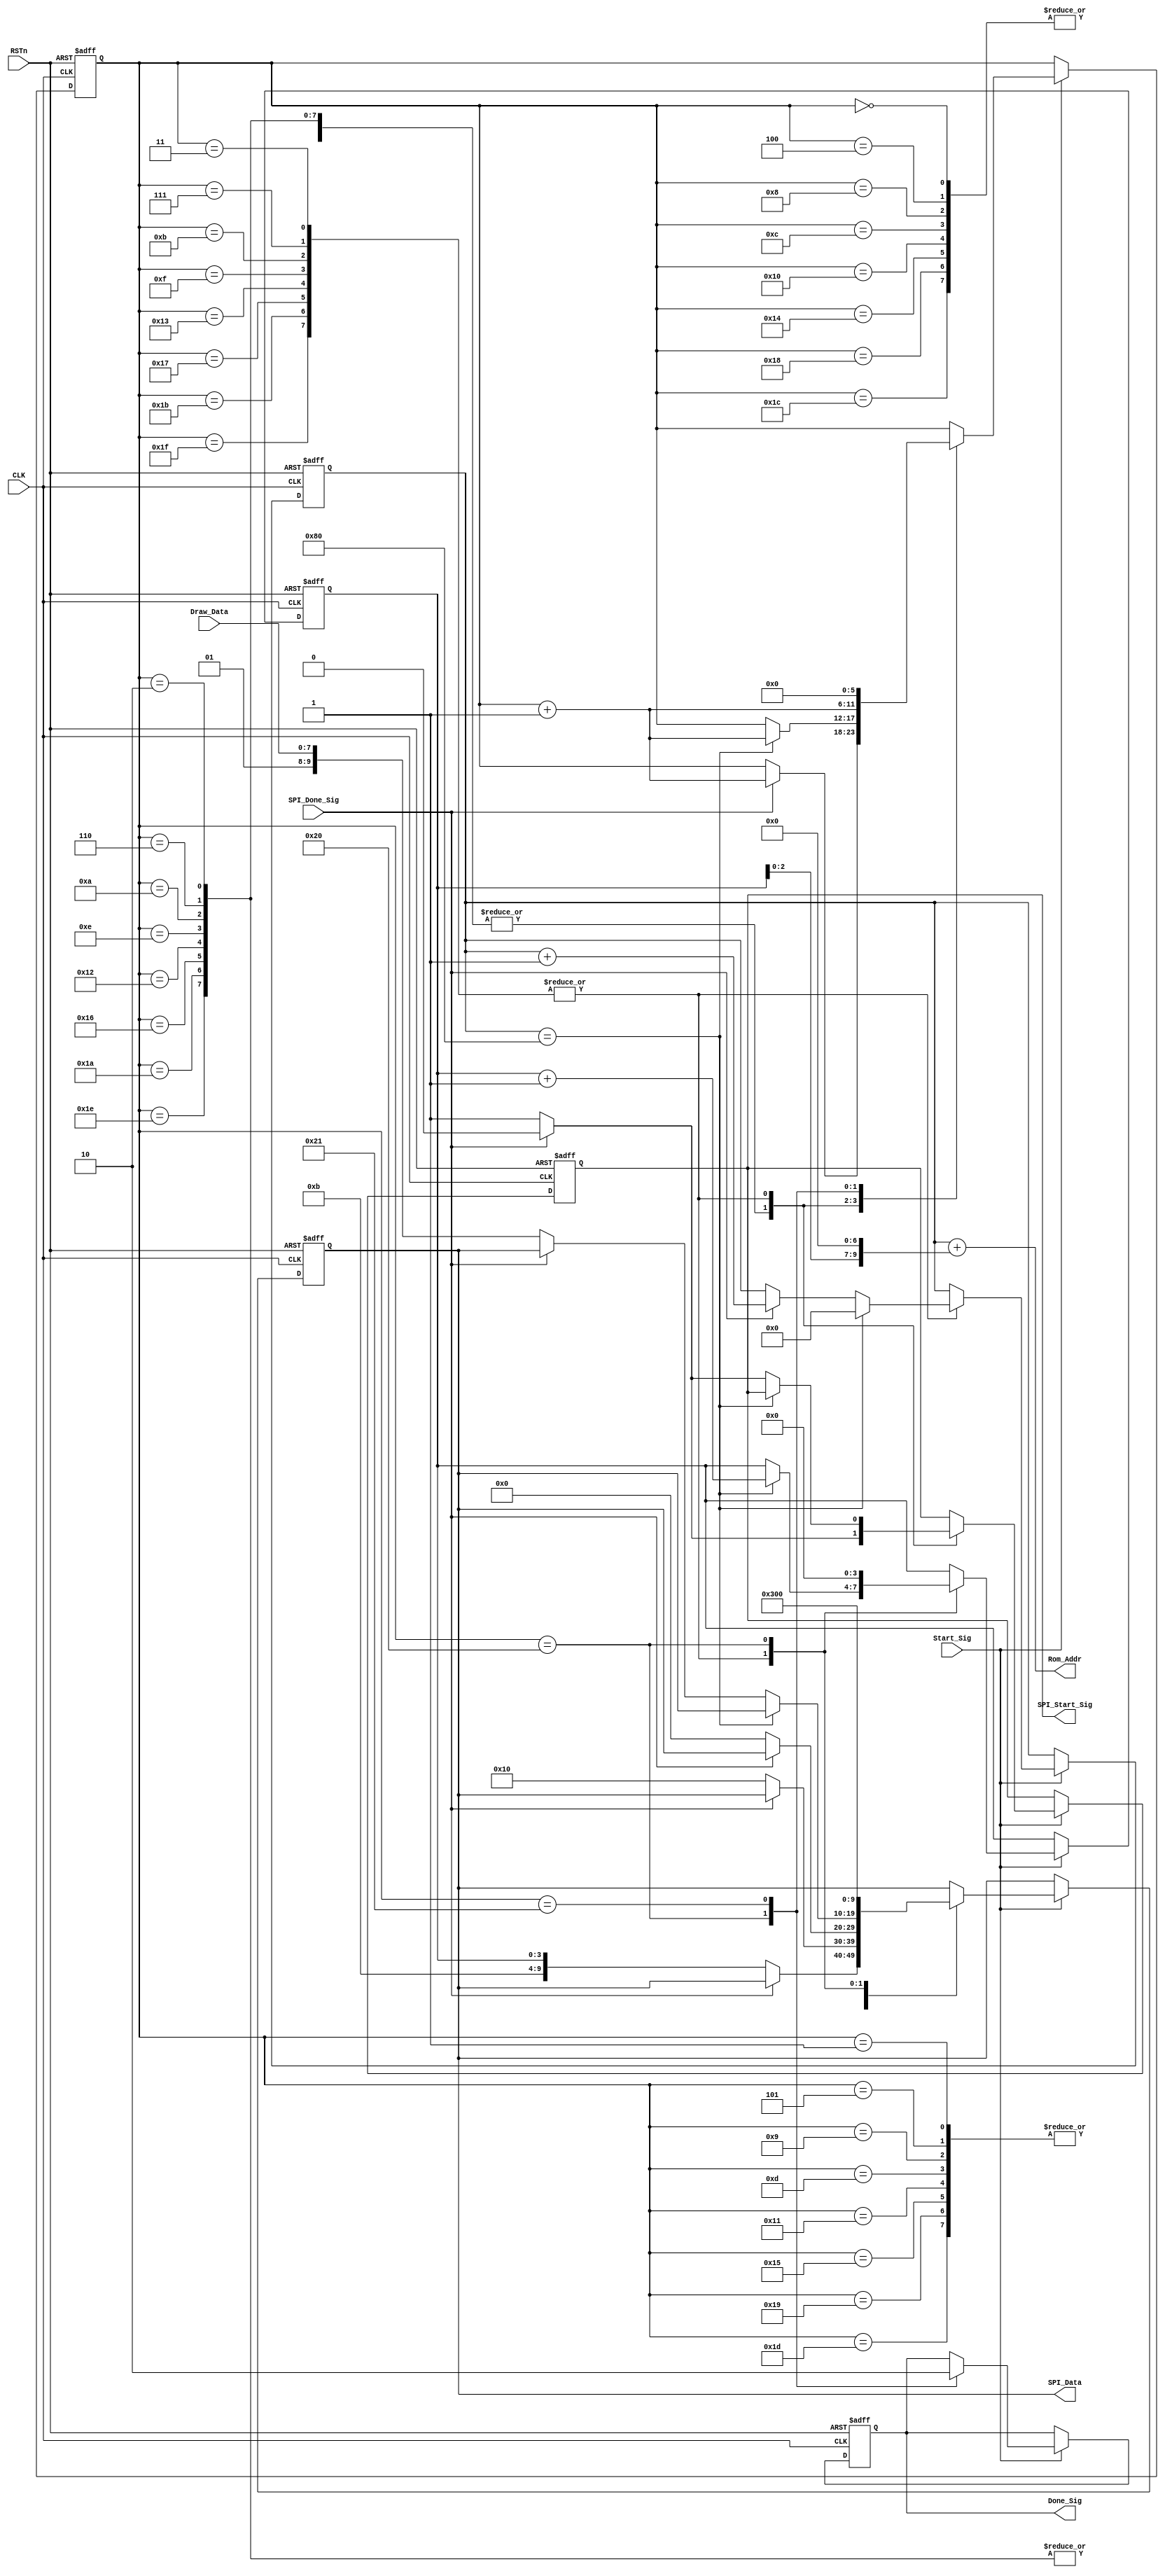
module draw_control_module
(
    CLK, RSTn,
	 Start_Sig,
	 Draw_Data,
	 SPI_Done_Sig,
	 SPI_Start_Sig,
	 SPI_Data,
	 Rom_Addr,
	 Done_Sig
);

    input CLK, RSTn;
	 input Start_Sig;
	 input [7:0]Draw_Data;
	 input SPI_Done_Sig;
	 output SPI_Start_Sig;
	 output [9:0]SPI_Data;
	 output [9:0]Rom_Addr;
	 output Done_Sig;
	 
	 /********************************/
	 
	 reg [5:0]i;
	 reg [7:0]x;
	 reg [3:0]y;
	 reg [9:0]rData;
	 reg isSPI_Start;
	 reg isDone;
	 
	 always @ ( posedge CLK or negedge RSTn )
	     if( !RSTn )
		       begin 
				     i <= 6'd0;
					  x <= 8'd0;
					  y <= 4'd0;
					  rData <= { 2'b11, 8'h00 };
					  isSPI_Start <= 1'b0;
					  isDone <= 1'b0;
			    end
			else if( Start_Sig )
			    case( i )
				 
				    6'd0, 6'd4, 6'd8, 6'd12, 6'd16, 6'd20, 6'd24, 6'd28:
					 if( SPI_Done_Sig ) begin isSPI_Start <= 1'b0; i <= i + 1'b1; end
					 else begin rData <= { 2'b00, 4'hb, y }; isSPI_Start <= 1'b1; end

					 6'd1, 6'd5, 6'd9, 6'd13, 6'd17, 6'd21, 6'd25, 6'd29:
					 if( SPI_Done_Sig ) begin isSPI_Start <= 1'b0; i <= i + 1'b1; end
					 else begin rData <= { 2'b00, 4'h1, 4'h0 }; isSPI_Start <= 1'b1; end
					 
					 6'd2, 6'd6, 6'd10, 6'd14, 6'd18, 6'd22, 6'd26, 6'd30:
					 if( SPI_Done_Sig ) begin isSPI_Start <= 1'b0; i <= i + 1'b1; end
					 else begin rData <= { 2'b00, 4'h0, 4'h0 }; isSPI_Start <= 1'b1; end
					 
					 6'd3, 6'd7, 6'd11, 6'd15, 6'd19, 6'd23, 6'd27, 6'd31:
					 if( x == 8'd128 ) begin y <= y + 1'b1; x <= 8'd0; i <= i + 1'b1; end
                else if( SPI_Done_Sig ) begin isSPI_Start <= 1'b0; x <= x + 1'b1; end
					 else begin rData <= { 2'b01, Draw_Data }; isSPI_Start <= 1'b1; end
					 
                6'd32:
                begin rData <= { 2'b11, 8'd0 }; y <= 4'd0; isDone <= 1'b1; i <= i + 1'b1; end			
			
                6'd33:
			       begin isDone <= 1'b0; i <= 6'd0; end		 
					
				 endcase
				 
    /*****************************/
	 
	 assign SPI_Start_Sig = isSPI_Start;
	 assign Rom_Addr = x + (y << 7);
	 assign SPI_Data = rData;
	 assign Done_Sig = isDone;
				     	 
	 /******************************/

endmodule